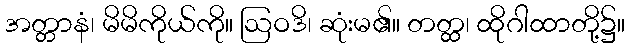
အတ္တာနံ၊ မိမိကိုယ်ကို။ ဩဝဒိ၊ ဆုံးမ၏။ တတ္ထ၊ ထိုဂါထာတို့၌။